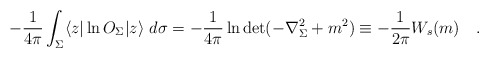
\begin{align*}-{1 \over 4\pi} \int_{\Sigma}\langle z|\ln O_{\Sigma}|z \rangle ~d\sigma=-{1 \over 4\pi} \ln \det(-\nabla^2_{\Sigma}+m^2)\equiv -{1 \over 2\pi} W_s(m)~~~.\end{align*}